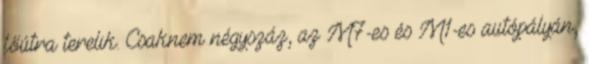
főútra terelik. Csaknem négyszáz, az M7-es és M1-es autópályán,